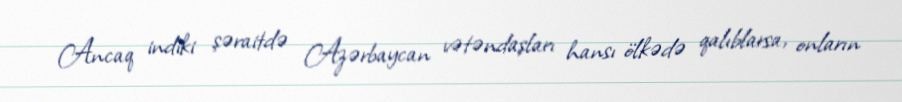
Ancaq indiki şəraitdə Azərbaycan vətəndaşları hansı ölkədə qalıblarsa, onların